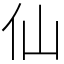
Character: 仙